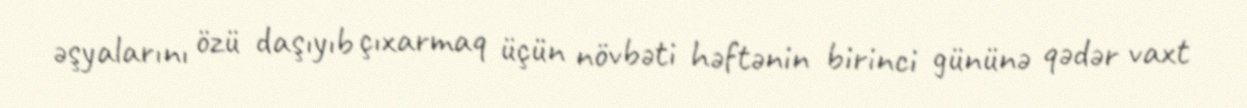
əşyalarını özü daşıyıb çıxarmaq üçün növbəti həftənin birinci gününə qədər vaxt